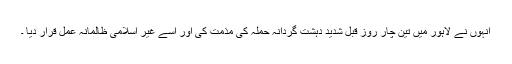
انہوں نے لاہور میں تین چار روز قبل شدید دہشت گردانہ حملہ کی مذمت کی اور اسے غیر اسلامی ظالمانہ عمل قرار دیا ۔